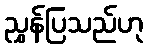
ညွှန်ပြသည်ဟု